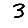
Digit: 3